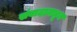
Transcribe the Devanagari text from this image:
संवादामधून